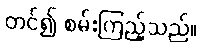
တင်၍ စမ်းကြည့်သည်။